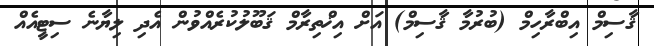
ޤާސިމް އިބްރާހިމް (ބުރުމާ ޤާސިމް) އަށް އިޚްތިރާމް ޤަބޫލުކުރެއްވުން އެދި ލިޔާނެ ސިޓީއެއް